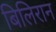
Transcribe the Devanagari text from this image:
बिलिरान